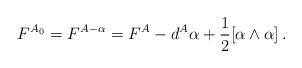
LaTeX: \begin{align*}F^{A_0}=F^{A-\alpha}=F^ {A}-d^A\alpha+\frac{1}{2}[\alpha\wedge\alpha]\,.\end{align*}